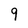
Character: 9